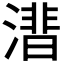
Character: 𣾝